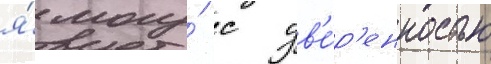
я́ могу́ с ув'е́р'енностью